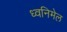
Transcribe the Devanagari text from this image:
ध्वनिमेल